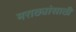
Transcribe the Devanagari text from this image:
मराठ्यांसाठी